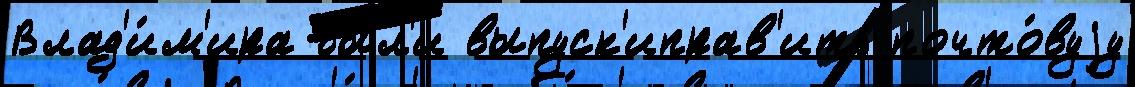
Влад'и́м'ира бы́л'и выпуск'иправ'ить почто́вуjу